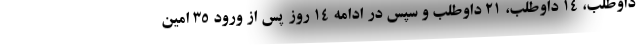
داوطلب، ۱۴ داوطلب، ۲۱ داوطلب و سپس در ادامه ۱۴ روز پس از ورود ۳۵ امین